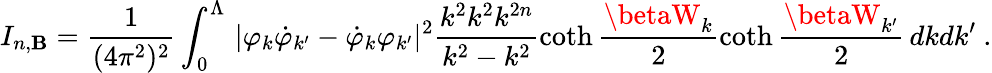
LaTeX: I_{n,\mathbf{B}}=\frac{1}{{(4\pi^{2})^{2}}}\int_{0}^{\Lambda}\, |\varphi_{k}\dot{{\varphi}}_{k^{\prime}}-\dot{{\varphi}}_{k}\varphi_{k^{\prime}}|^{2}\frac{{k^{2}k^{2}k^{2n}}}{{k^{2}-k^{2}}}\coth\frac{{\betaW_{k}}}{2}\coth\frac{{\betaW_{k^{\prime}}}}{2}\, dkdk^{\prime}\ .